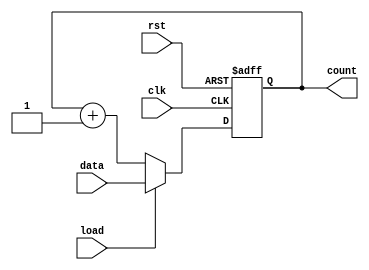
/*`timescale 1ns / 1ps
module up_counter(clk,rst,data,load,count);
input clk,rst,load;
input [3:0]data;
output reg [3:0]count;
always@(posedge clk)
begin
 if(rst)
  count<=0;
 else if(load)
  count<=data;
 else
  count=count+1;
 end
endmodule*/
`timescale 1ns / 1ps
/*module up_counter(
    input wire clk,    // Clock signal
    input wire rst,    // Asynchronous reset
    input wire load,   // Load control signal
    input wire [3:0] data,  // Data input for loading
    output reg [3:0] count  // 4-bit counter output
);

    always @(posedge clk or posedge rst) begin
        if (rst)
            count <= 4'b0000;  // Reset the counter to 0
        else if (load)
            count <= data;     // Load the counter with input data
        else
            count <= count + 1;  // Increment the counter
    end
endmodule
*/
module up_counter(clk,rst,data,load,count);
input clk,rst,load;
input [3:0]data;
output reg [3:0]count;
always@(posedge clk or posedge rst)
begin
 if(rst)
  count<=4'b0000;
 else if(load)
  count<=data;
 else
  count<=count+1;
 end 
 endmodule